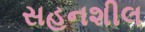
સહનશીલ